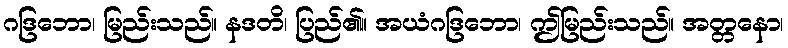
ဂဒြဘော၊ မြည်းသည်။ နဒတိ၊ ပြည်၏။ အယံဂဒြဘော၊ ဤမြည်းသည်။ အတ္တနော၊